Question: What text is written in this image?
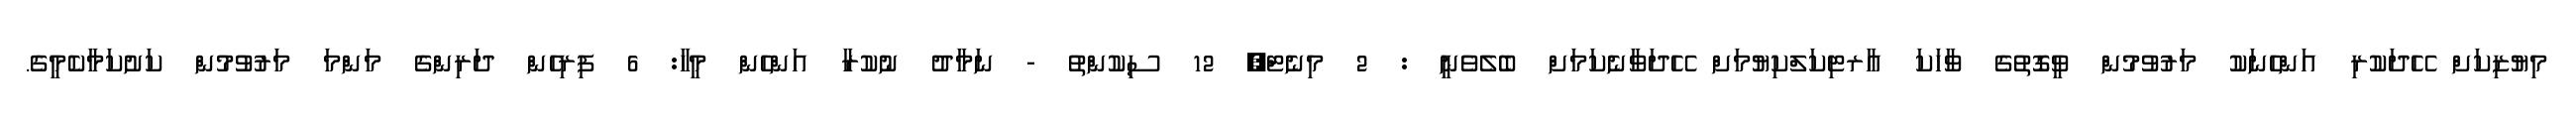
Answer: މިޔުޒިކަށް ހޭދަކުރި އަންހެނަކު މަރުވުމުން ވީގޮތުގެ ވާހަކަ އާރޓިކަލްކިޔުމަށް ހޭދަވާނެކަމަށް ބެލެވެނީ : 2 މިނެޓް, 12 ސިކުންތު - ނަމާދު ނުކުރާ އަންހެން މީހާ: 6 ފިރިހެން ދަރިންގެ މަންމަ މަރުވުމުން ކަށުކަމާކެމީގެ.